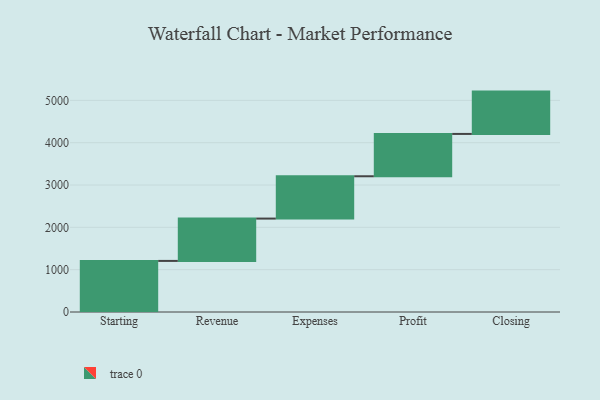
{"axis": {"x": "Step", "y": "Value"}, "legend": [""], "data": [{"x": "Starting", "y": 1207.0, "type": ""}, {"x": "Revenue", "y": 1000, "type": ""}, {"x": "Expenses", "y": 1000, "type": ""}, {"x": "Profit", "y": 1000, "type": ""}, {"x": "Closing", "y": 1000, "type": ""}]}